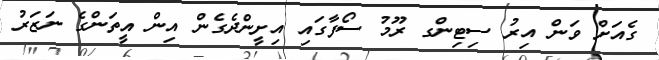
ގެއަށް ވަން އިރު ސިޓިންގ ރޫމު ސޯފާގައި އިށީންދެގެން އިން އީތަންގެ ނަޒަރު